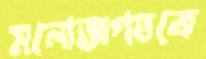
মনোজগতকে